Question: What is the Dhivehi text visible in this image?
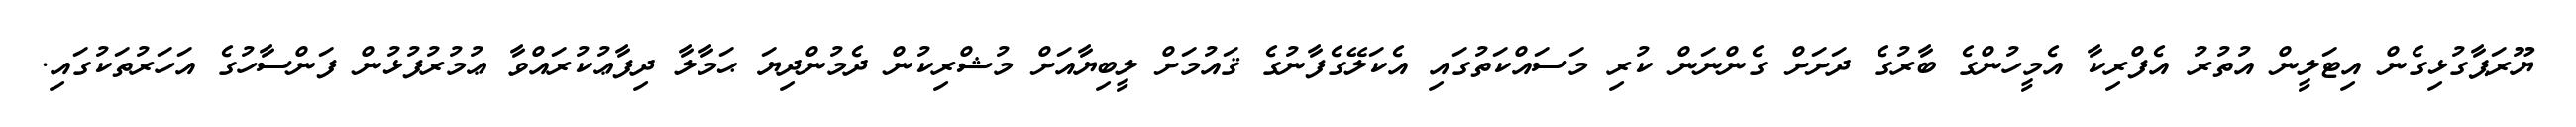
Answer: ޔޫރަޕާގުޅިގެން އިޓަލީން އުތުރު އެފްރިކާ އެމީހުންގެ ބާރުގެ ދަށަށް ގެންނަން ކުރި މަސައްކަތުގައި އެކަލޭގެފާނުގެ ޤައުމަށް ލީބިޔާއަށް މުޝްރިކުން ދެމުންދިޔަ ޙަމާލާ ދިފާޢުކުރައްވާ ޢުމުރުފުޅުން ފަންސާހުގެ އަހަރުތަކުގައި.